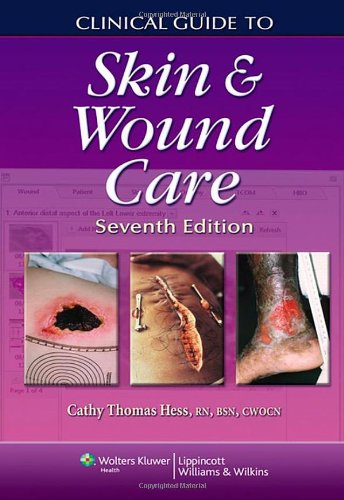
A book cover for Clinical Guide to Skin and Wound Care (Clinical Guide: Skin & Wound Care); Cathy Thomas Hess RN  BSN  CWOCN; Medical Books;